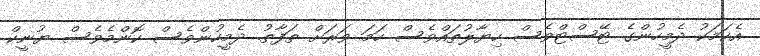
އެކަމަކު ދެމީހުންގެ ޓޭސްޓްވެސް ހިޔާލުތައްވެސް ހަމަ ވަރަށް ތަފާތު. ދެމީހުންވެސް ކޮންމެވެސް ޔުނީކް